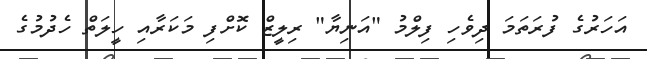
އަހަރުގެ ފުރަތަމަ ދިވެހި ފިލްމު "އަނިޔާ" ރިލީޒް ކޮށްފި މަކަރާއި ހީލަތް ހެދުމުގެ